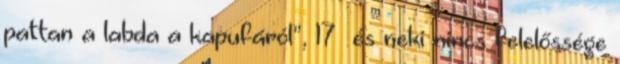
pattan a labda a kapufáról”, 17 és neki nincs felelőssége